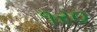
૧ર૦